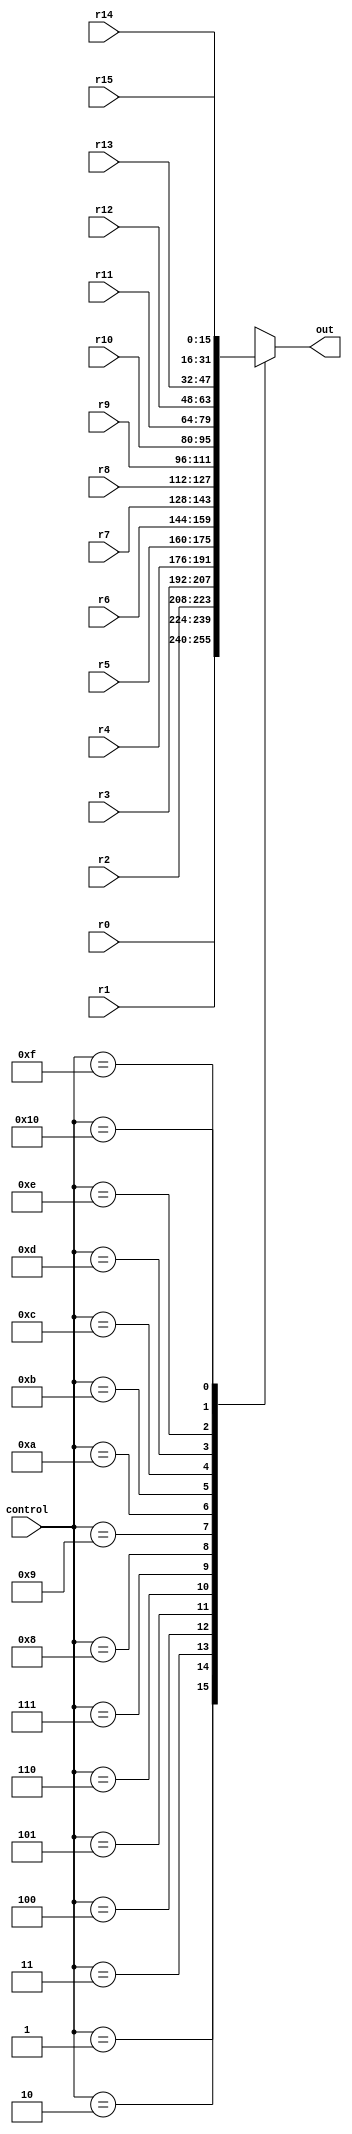
module mux(control, out, r0, r1, r2, r3, r4, r5, r6, r7, r8, r9, r10, r11, r12, r13, r14, r15);

input [4:0] control ; // 5 bits to account for all the regs and to wait
input [15:0] r0, r1, r2, r3, r4, r5, r6, r7, r8, r9, r10, r11, r12, r13, r14, r15;

output reg [15:0] out;


//always @(control) begin
//	if(control)
//		out = 16'bz;
//	else
//		out = bus;
//
//end
//endmodule 




always @(control, r0, r1, r2, r3, r4, r5, r6, r7, r8, r9, r10, r11, r12, r13, r14, r15) begin
	case(control)
		5'b00000: out = 16'bx;       // Wait condition, might throw errors
		5'b00001: out = r0;
		5'b00010: out = r1;
		5'b00011: out = r2;
		5'b00100: out = r3;
		5'b00101: out = r4;
		5'b00110: out = r5;
		5'b00111: out = r6;
		5'b01000: out = r7;
		5'b01001: out = r8;
		5'b01010: out = r9;
		5'b01011: out = r10;
		5'b01100: out = r11;
		5'b01101: out = r12;
		5'b01110: out = r13;
		5'b01111: out = r14;
		5'b10000: out = r15;
		default: out = 16'bx; 
		endcase

end
endmodule